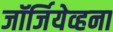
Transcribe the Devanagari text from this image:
जॉर्जियेव्हना